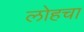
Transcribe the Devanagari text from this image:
लोहचा